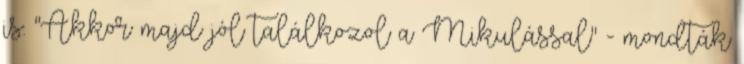
is. "Akkor majd jól találkozol a Mikulással" - mondták